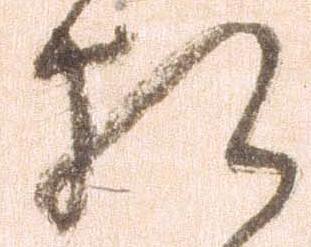
相